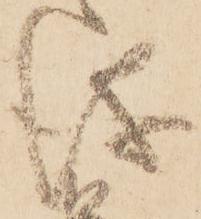
儀